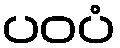
ပဝပံ